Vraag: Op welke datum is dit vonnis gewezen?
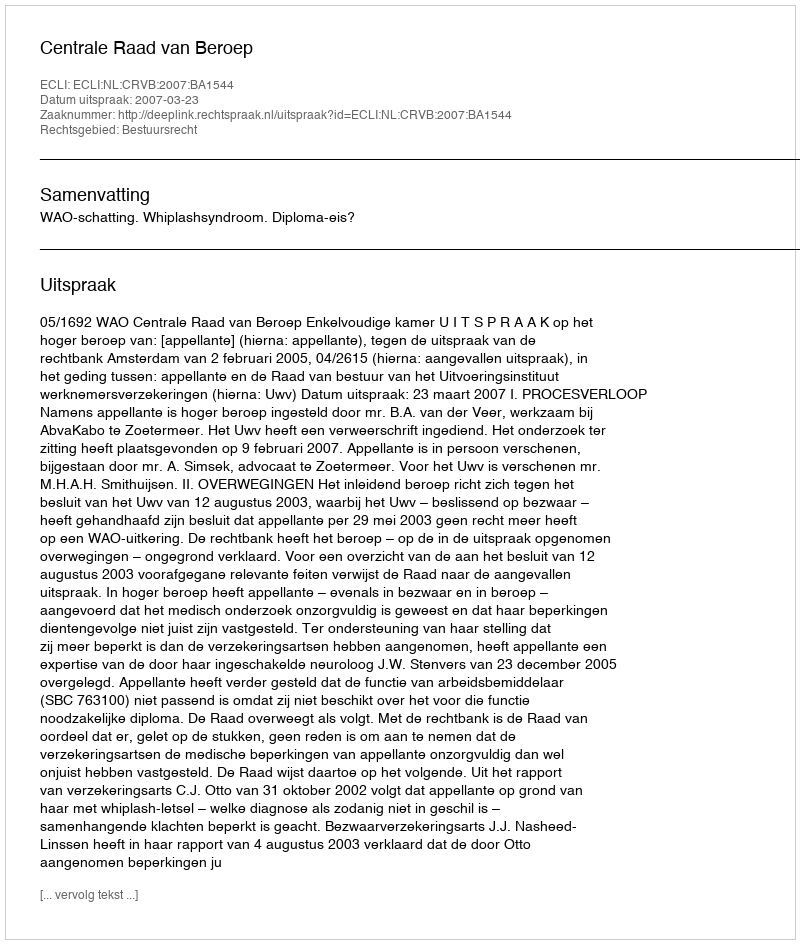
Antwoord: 2007-03-23